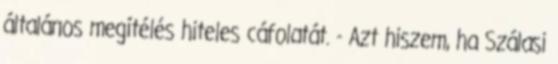
általános megítélés hiteles cáfolatát. - Azt hiszem, ha Szálasi